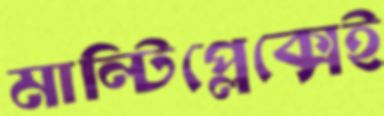
মাল্টিপ্লেক্সেই